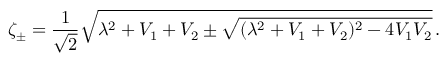
\zeta _ { \pm } = \frac { 1 } { \sqrt { 2 } } \sqrt { \lambda ^ { 2 } + V _ { 1 } + V _ { 2 } \pm \sqrt { ( \lambda ^ { 2 } + V _ { 1 } + V _ { 2 } ) ^ { 2 } - 4 V _ { 1 } V _ { 2 } } } \, .